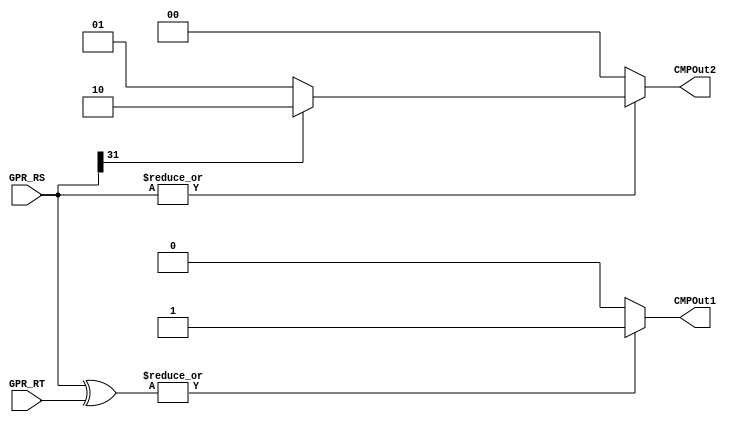
module cmp(
	GPR_RS, 
	GPR_RT, 
	CMPOut1, 
	CMPOut2
);
	input[31:0] GPR_RS, GPR_RT;

	output reg CMPOut1;
	output reg[1:0] CMPOut2;

	always@(GPR_RS, GPR_RT)
		if(|(GPR_RS ^ GPR_RT))
			CMPOut1 = 1'b1;		//unequal
		else
			CMPOut1 = 1'b0;		//equal

	always@(GPR_RS)
		if(~( |GPR_RS))		//zero
			CMPOut2 = 2'b00;
		else if(GPR_RS[31])
			CMPOut2 = 2'b10;	//negative
		else
			CMPOut2 = 2'b01;	//positive

endmodule